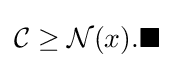
{\mathcal {C}}\geq {\mathcal {N}}(x).\blacksquare